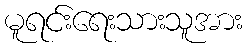
မူရင်းရေးသားသူအား